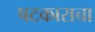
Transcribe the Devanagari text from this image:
षटकाराचा